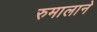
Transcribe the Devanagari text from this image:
रुमालाने